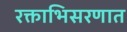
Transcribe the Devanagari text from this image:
रक्ताभिसरणात